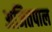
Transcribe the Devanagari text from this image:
अजितपाल